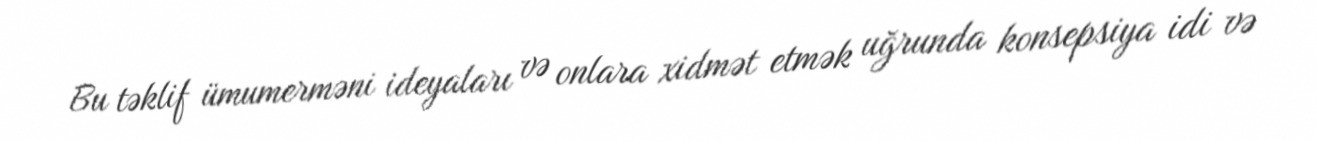
Bu təklif ümumerməni ideyaları və onlara xidmət etmək uğrunda konsepsiya idi və